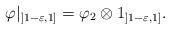
LaTeX: \begin{align*}\varphi|_{]1-\varepsilon, 1]} = \varphi_2 \otimes 1_{]1-\varepsilon, 1]}.\end{align*}